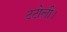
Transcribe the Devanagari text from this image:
टटोली।